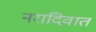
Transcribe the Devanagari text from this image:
नरादिवात